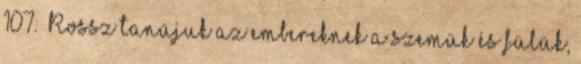
107. Rossz tanújuk az embereknek a szemük és fülük,